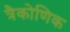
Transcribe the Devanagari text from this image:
त्रैकोणिक